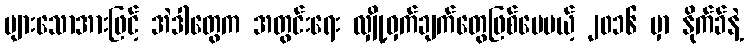
များသောအားဖြင့် အဲဒါတွေက အတွင်းရေး လျှို့ဝှက်ချက်တွေဖြစ်ပေမယ့် ၂၀၁၆ မှာ နိုက်ခ်နဲ့